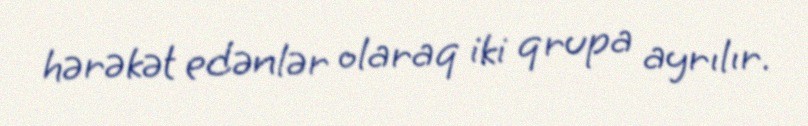
hərəkət edənlər olaraq iki qrupa ayrılır.